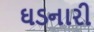
ઘડનારી